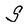
Character: S